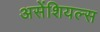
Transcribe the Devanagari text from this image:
असेंशियल्स